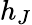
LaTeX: h_{J}